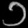
Digit: ၁